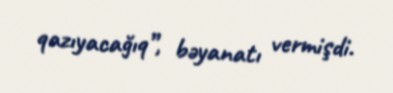
qazıyacağıq”, bəyanatı vermişdi.